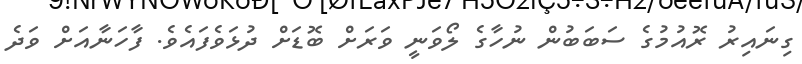
ގިނައިރު ރޮއުމުގެ ސަބަބުން ނުހާގެ ލޯވަނީ ވަރަށް ބޮޑަށް ދުޅަވެފައެވެ. ފާހަނާއަށް ވަދެ